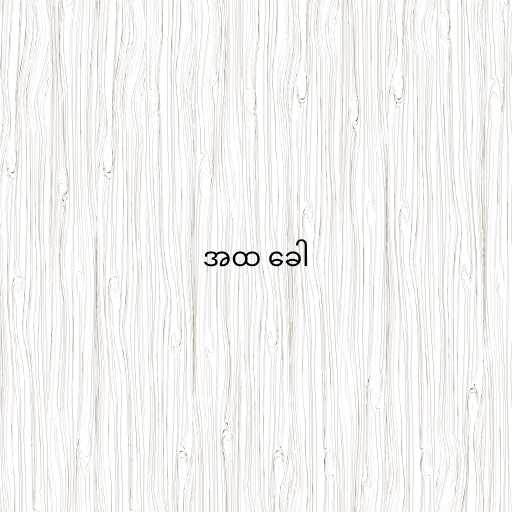
အထ ခေါ